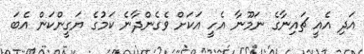
އަދި އެއީ ޗައިނާގެ ނަމޫނާ އެހީ އަކަށް ވެގެންދާނެ ކަމުގެ ޔަގީންކަން އެބަ